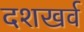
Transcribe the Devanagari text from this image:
दशखर्व